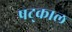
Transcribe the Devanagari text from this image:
षट्काल